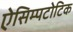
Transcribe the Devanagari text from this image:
ऐसिम्पटोटिक